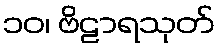
၁၀၊ ဗိဠာရသုတ်